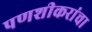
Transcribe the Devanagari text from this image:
पणशीकरांचा